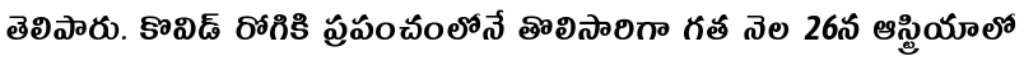
తెలిపారు. కొవిడ్ రోగికి ప్రపంచంలోనే తొలిసారిగా గత నెల 26న ఆస్ట్రియాలో